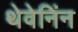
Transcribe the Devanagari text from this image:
थेवेनिंन